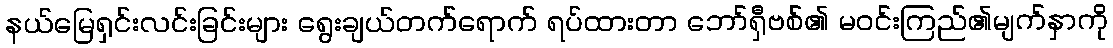
နယ်မြေရှင်းလင်းခြင်းများ ရွေးချယ်တက်ရောက် ရပ်ထားတာ ဘော်ရှီဗစ်၏ မဝင်းကြည်၏မျက်နှာကို